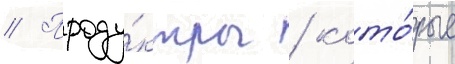
// Проду́кты / кото́рые